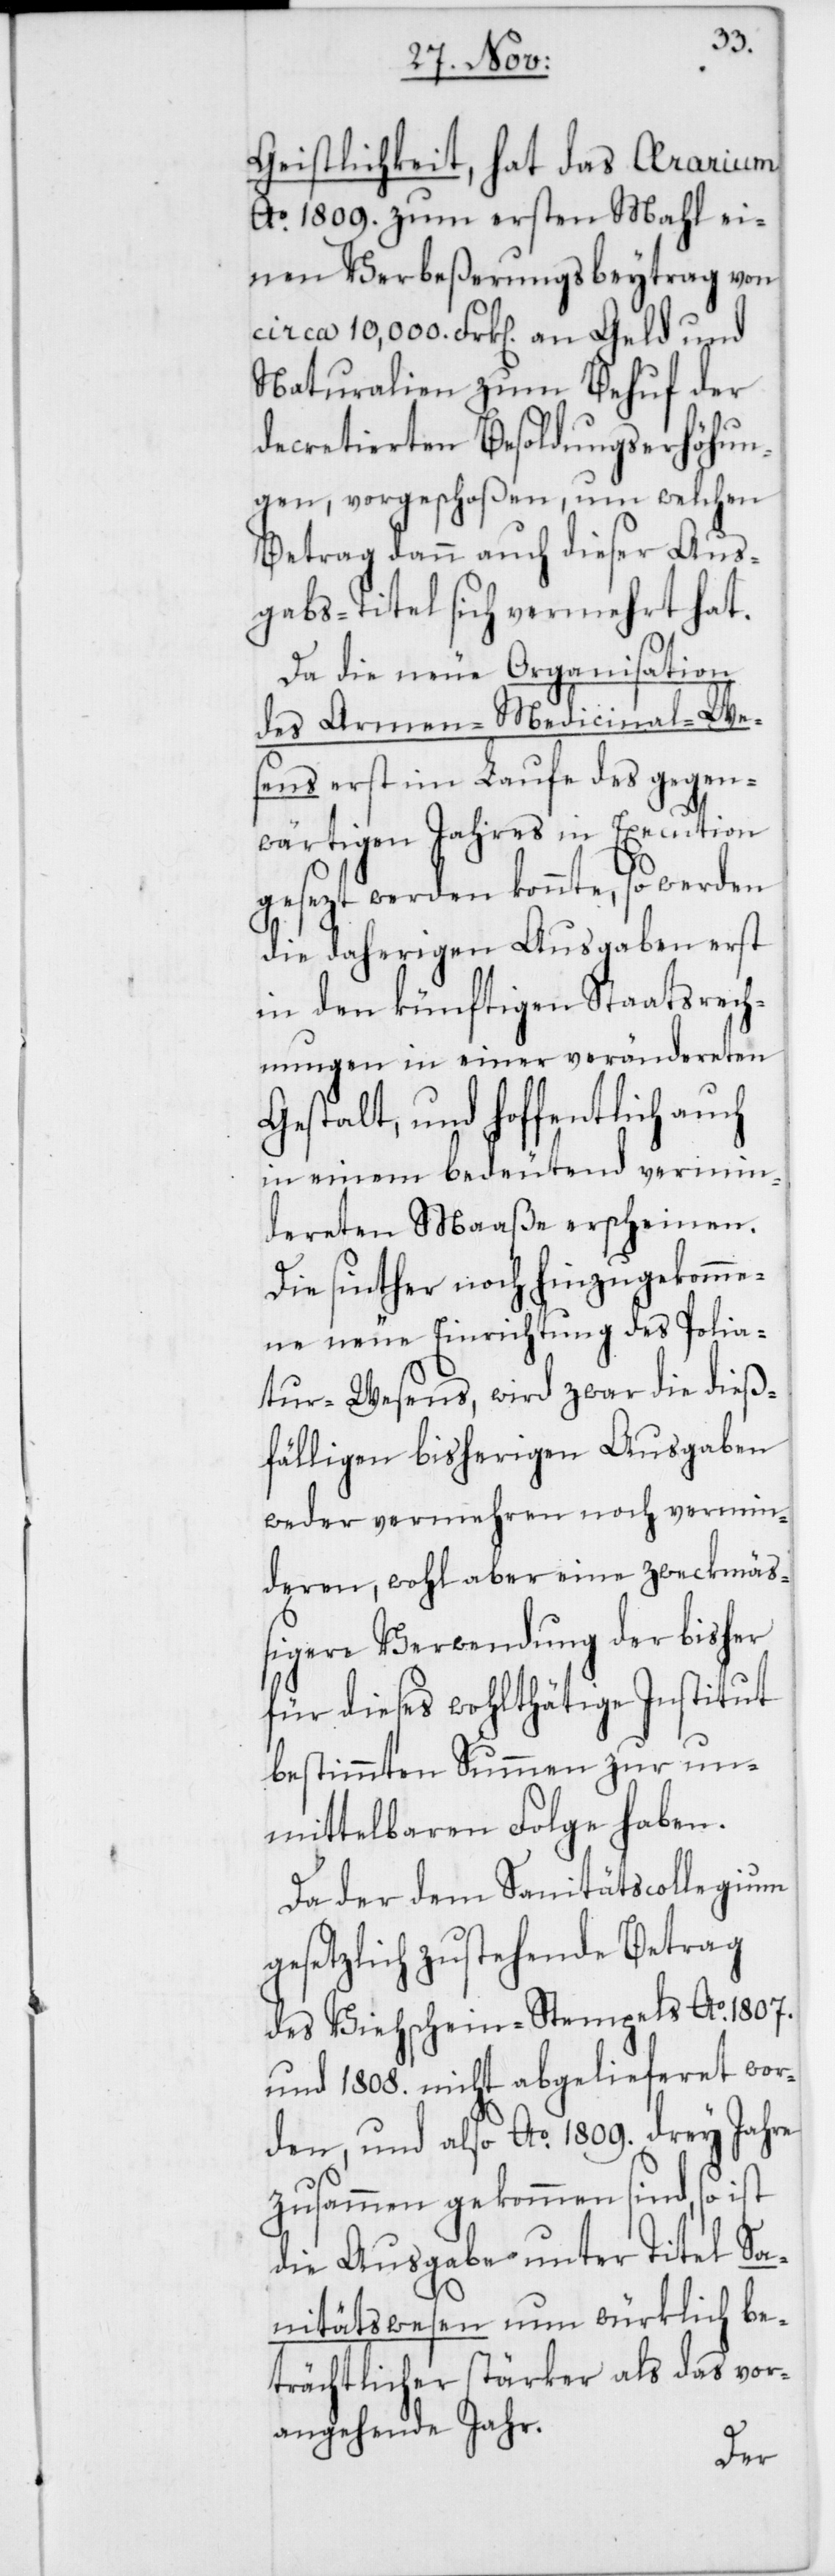
Geistlichkeit, hat das Aerarium
Ao. 1809. zum ersten Mahl ei¬
nen Verbeßerungsbeytrag von
circa 10,000. Frk. an Geld und
Naturalien zum Behuf der
decretierten Besoldungserhöhun¬
gen vorgeschoßen, um welchen
Betrag dann auch dieser Aus¬
gabs-Titel sich vermehret hat.
Da die neue Organisation
des Armen-Medicinal-We¬
sens erst im Laufe des gegen¬
wärtigen Jahres in Execution
gesezt werden konnte, so werden
die daherigen Ausgaben erst
in den künftigen Staatsrech¬
nungen in einer verändereten
Gestalt, und hoffentlich auch
in einem bedeutend vermin¬
dereten Maaße erscheinen.
Die sinther noch hinzugekomme¬
ne neue Einrichtung des Polia¬
tur-Wesens, wird zwar die dieß¬
fälligen bisherigen Ausgaben
weder vermehren noch vermin¬
deren, wohl aber eine zweckmäß¬
igere Verwendung der bisher
für dieses wohlthätige Institut
bestimmten Summen zur un¬
mittelbaren Folge haben.
Da der dem Sanitätscollegium
gesetzlich zustehende Betrag
des Viehschein-Stempels Ao. 1807.
und 1808. nicht abgelieferet wor¬
den, und also Ao. 1809. drey Jahre
zusammengekommen sind, so ist
die Ausgabe unter Titel Sa¬
nitätswesen nun würklich be¬
trächtlicher stärker als das vor¬
angehende Jahr.